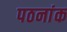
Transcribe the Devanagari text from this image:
पठनांक